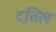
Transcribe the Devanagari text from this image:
दत्तिल